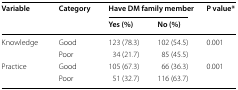
<table><thead><tr><td rowspan="2"><b>Variable</b></td><td rowspan="2"><b>Category</b></td><td colspan="2"><b>Have DM family member</b></td><td rowspan="2"><b>P value*</b></td></tr><tr><td><b>Yes (%)</b></td><td><b>No (%)</b></td></tr></thead><tbody><tr><td rowspan="2">Knowledge</td><td>Good</td><td>123 (78.3)</td><td>102 (54.5)</td><td rowspan="2">0.001</td></tr><tr><td>Poor</td><td>34 (21.7)</td><td>85 (45.5)</td></tr><tr><td rowspan="2">Practice</td><td>Good</td><td>105 (67.3)</td><td>66 (36.3)</td><td rowspan="2">0.001</td></tr><tr><td>Poor</td><td>51 (32.7)</td><td>116 (63.7)</td></tr></tbody></table>